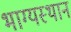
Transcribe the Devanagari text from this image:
भाग्यस्थान